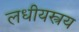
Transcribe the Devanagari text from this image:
लधीयस्त्रय